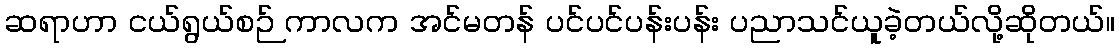
ဆရာဟာ ငယ်ရွယ်စဉ် ကာလက အင်မတန် ပင်ပင်ပန်းပန်း ပညာသင်ယူခဲ့တယ်လို့ဆိုတယ်။